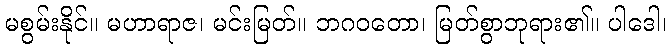
မစွမ်းနိုင်။ မဟာရာဇ၊ မင်းမြတ်။ ဘဂဝတော၊ မြတ်စွာဘုရား၏။ ပါဒေါ၊